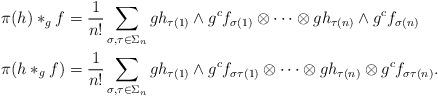
LaTeX: \begin{align*}\pi(h) \ast_g f &= \frac{1}{n!} \sum_{\sigma,\tau \in \Sigma_n} g h_{\tau(1)} \wedge g^c f_{\sigma(1)} \otimes \cdots \otimes g h_{\tau(n)} \wedge g^cf_{\sigma(n)}\\\pi(h \ast_g f) &= \frac{1}{n!} \sum_{\sigma,\tau \in \Sigma_n} g h_{\tau(1)} \wedge g^cf_{\sigma\tau(1)} \otimes \cdots \otimes gh_{\tau(n)} \otimes g^cf_{\sigma\tau(n)}.\end{align*}